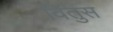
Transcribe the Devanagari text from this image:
वितुस